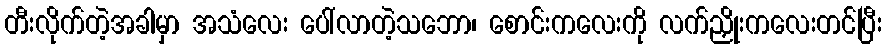
တီးလိုက်တဲ့အခါမှာ အသံလေး ပေါ်လာတဲ့သဘော၊ စောင်းကလေးကို လက်ညှိုးကလေးတင်ပြီး